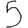
Digit: 5